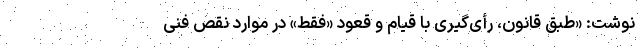
نوشت: «طبق قانون، رأی‌گیری با قیام و قعود «فقط» در موارد نقص فنی